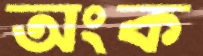
অংক